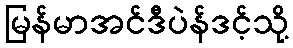
မြန်မာအင်ဒီပဲန်ဒင့်သို့